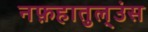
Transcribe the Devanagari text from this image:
नफ़हातुल्उंस